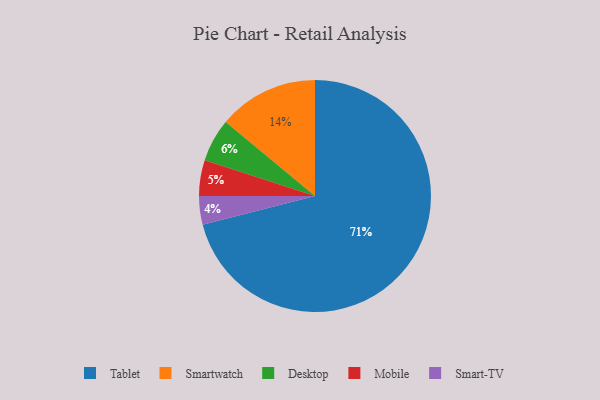
{"axis": {"x": "Category", "y": "Percentage"}, "legend": ["Desktop", "Mobile", "Smart-TV", "Smartwatch", "Tablet"], "data": [{"x": "Tablet", "y": 71, "type": "Tablet"}, {"x": "Smartwatch", "y": 14, "type": "Smartwatch"}, {"x": "Desktop", "y": 6, "type": "Desktop"}, {"x": "Smart-TV", "y": 4, "type": "Smart-TV"}, {"x": "Mobile", "y": 5, "type": "Mobile"}]}